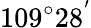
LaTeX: \mathrm{109^{\circ}28^{'}}